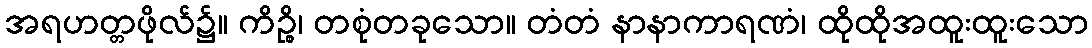
အရဟတ္တဖိုလ်၌။ ကိဉ္စိ၊ တစုံတခုသော။ တံတံ နာနာကာရဏံ၊ ထိုထိုအထူးထူးသော